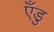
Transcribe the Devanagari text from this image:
एँडु